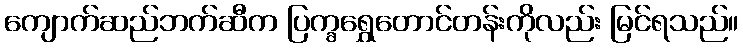
ကျောက်ဆည်ဘက်ဆီက ပြက္ခရွှေတောင်တန်းကိုလည်း မြင်ရသည်။